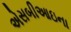
એસબીઆઇના